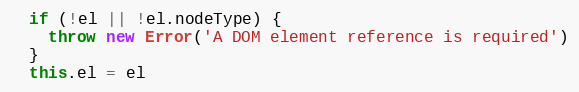
Language: JavaScript
  if (!el || !el.nodeType) {
    throw new Error('A DOM element reference is required')
  }
  this.el = el